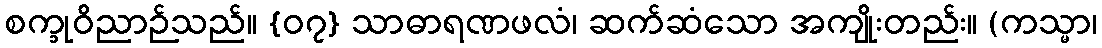
စက္ခုဝိညာဉ်သည်။ {၀၇} သာဓာရဏဖလံ၊ ဆက်ဆံသော အကျိုးတည်း။ (ကသ္မာ၊